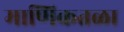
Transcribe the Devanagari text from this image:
माणिकतळा